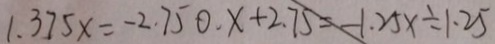
1 . 3 7 5 x = - 2 . 7 5 0 . x + 2 . 7 5 = - 1 . 2 5 \times \div 1 . 2 5